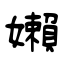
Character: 嬾